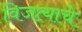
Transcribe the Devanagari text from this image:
विजत्याचे